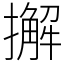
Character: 𢶷